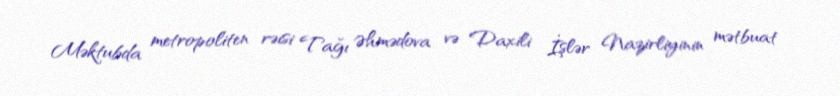
Məktubda metropoliten rəisi Tağı Əhmədova və Daxili İşlər Nazirliyinin mətbuat